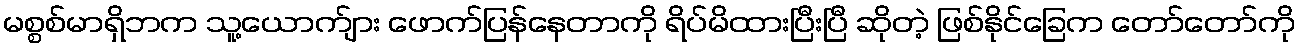
မစ္စစ်မာရှိဘက သူ့ယောက်ျား ဖောက်ပြန်နေတာကို ရိပ်မိထားပြီးပြီ ဆိုတဲ့ ဖြစ်နိုင်ခြေက တော်တော်ကို